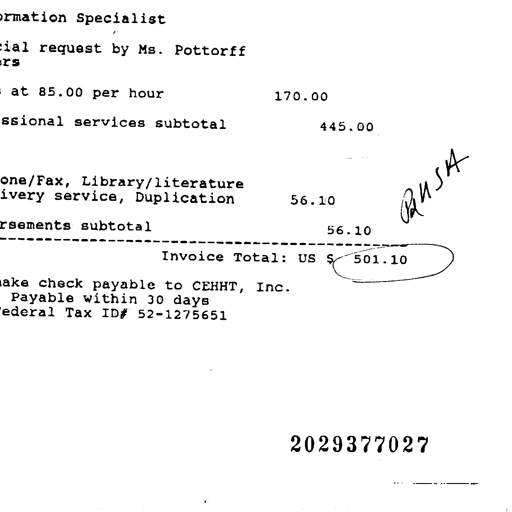
Information Specialist

special request by Ms. Pottorff

at 85.00 per hour 170.00

professional services subtotal 445.00

Phone/Fax, Library/literature
delivery service, Duplication 56.10 RUSH
disbursements subtotal 56.10
------------------------------------------------------------
Invoice Total: US $ 501.10

make check payable to CEHHT, Inc.
Payable within 30 days
Federal Tax ID# 52-1275651

2029377027